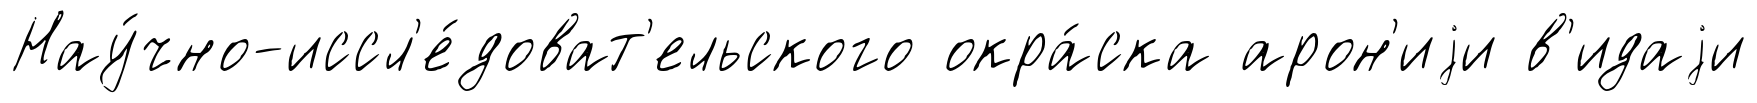
Нау́чно-иссл'е́доват'ельского окра́ска арон'иjи в'идаjи